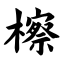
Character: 檫